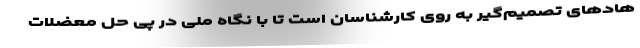
هادهای تصمیم‌گیر به روی کارشناسان است تا با نگاه ملی در پی حل معضلات